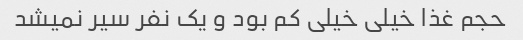
حجم غذا خیلی خیلی کم بود و یک نفر سیر نمیشد